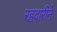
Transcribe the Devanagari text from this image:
रहदारीने